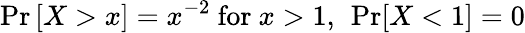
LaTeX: \operatorname*{Pr}\left[X>x\right]=x^{-2}{\mathrm{~for~}}x>1,\ \operatorname*{Pr}[X<1]=0